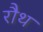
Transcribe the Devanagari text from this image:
रौथ